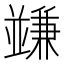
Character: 𠁟